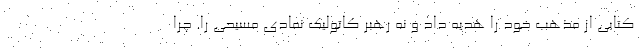
کتابی از مذهب خود را هدیه داد و نه رهبر کاتولیک نمادی مسیحی را. چرا